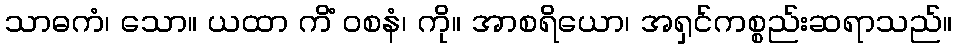
သာဓကံ၊ သော။ ယထာ ကိံ ဝစနံ၊ ကို။ အာစရိယော၊ အရှင်ကစ္စည်းဆရာသည်။